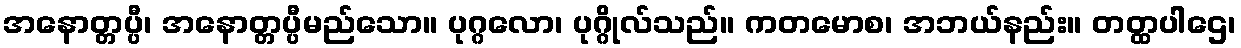
အနောတ္တပ္ပီ၊ အနောတ္တပ္ပီမည်သော။ ပုဂ္ဂလော၊ ပုဂ္ဂိုလ်သည်။ ကတမောစ၊ အဘယ်နည်း။ တတ္ထပါဌေ၊